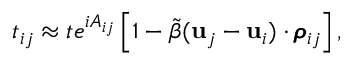
t _ { i j } \approx t e ^ { i A _ { i j } } \left[ 1 - \tilde { \beta } ( \mathbf { u } _ { j } - \mathbf { u } _ { i } ) \cdot \pmb { \rho } _ { i j } \right] ,